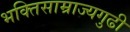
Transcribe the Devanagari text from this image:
भक्तिसाम्राज्यगुढी